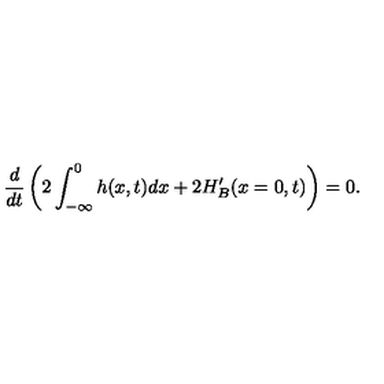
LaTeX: \frac { d } { d t } \left( 2 \int _ { - \infty } ^ { 0 } h ( x , t ) d x + 2 H _ { B } ^ { \prime } ( x = 0 , t ) \right) = 0 .